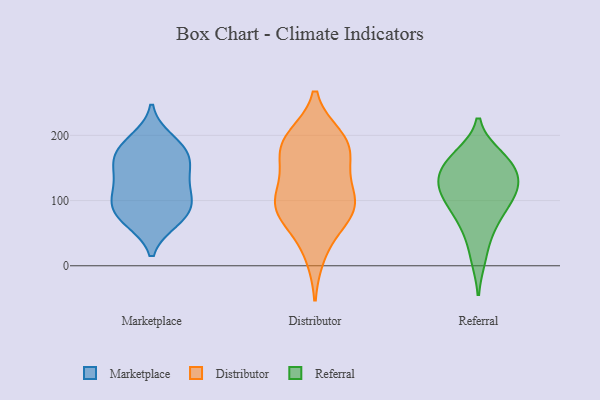
{"axis": {"x": "Revenue (USD Million)", "y": "Value"}, "legend": ["Distributor", "Marketplace", "Referral"], "data": [{"x": "", "y": 175, "type": "Marketplace"}, {"x": "", "y": 171, "type": "Marketplace"}, {"x": "", "y": 75, "type": "Marketplace"}, {"x": "", "y": 139, "type": "Marketplace"}, {"x": "", "y": 69, "type": "Marketplace"}, {"x": "", "y": 110, "type": "Marketplace"}, {"x": "", "y": 193, "type": "Marketplace"}, {"x": "", "y": 99, "type": "Marketplace"}, {"x": "", "y": 152, "type": "Marketplace"}, {"x": "", "y": 181, "type": "Marketplace"}, {"x": "", "y": 111, "type": "Marketplace"}, {"x": "", "y": 72, "type": "Marketplace"}, {"x": "", "y": 92, "type": "Marketplace"}, {"x": "", "y": 146, "type": "Marketplace"}, {"x": "", "y": 197, "type": "Distributor"}, {"x": "", "y": 17, "type": "Distributor"}, {"x": "", "y": 147, "type": "Distributor"}, {"x": "", "y": 190, "type": "Distributor"}, {"x": "", "y": 80, "type": "Distributor"}, {"x": "", "y": 168, "type": "Distributor"}, {"x": "", "y": 87, "type": "Distributor"}, {"x": "", "y": 92, "type": "Distributor"}, {"x": "", "y": 99, "type": "Distributor"}, {"x": "", "y": 185, "type": "Distributor"}, {"x": "", "y": 97, "type": "Distributor"}, {"x": "", "y": 62, "type": "Distributor"}, {"x": "", "y": 125, "type": "Distributor"}, {"x": "", "y": 188, "type": "Distributor"}, {"x": "", "y": 119, "type": "Referral"}, {"x": "", "y": 64, "type": "Referral"}, {"x": "", "y": 151, "type": "Referral"}, {"x": "", "y": 14, "type": "Referral"}, {"x": "", "y": 127, "type": "Referral"}, {"x": "", "y": 100, "type": "Referral"}, {"x": "", "y": 156, "type": "Referral"}, {"x": "", "y": 167, "type": "Referral"}, {"x": "", "y": 110, "type": "Referral"}, {"x": "", "y": 160, "type": "Referral"}, {"x": "", "y": 118, "type": "Referral"}, {"x": "", "y": 70, "type": "Referral"}]}